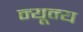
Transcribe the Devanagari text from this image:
न्यून्य